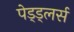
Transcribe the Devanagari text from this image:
पेड्ड्लर्स